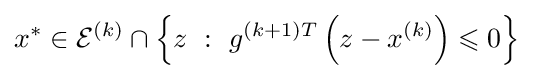
x^{*}\in {\mathcal {E}}^{(k)}\cap \left\{z\ :\ g^{(k+1)T}\left(z-x^{(k)}\right)\leqslant 0\right\}